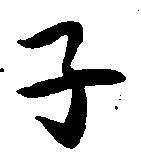
子